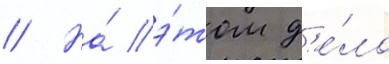
// На́ э́том д'е́ло